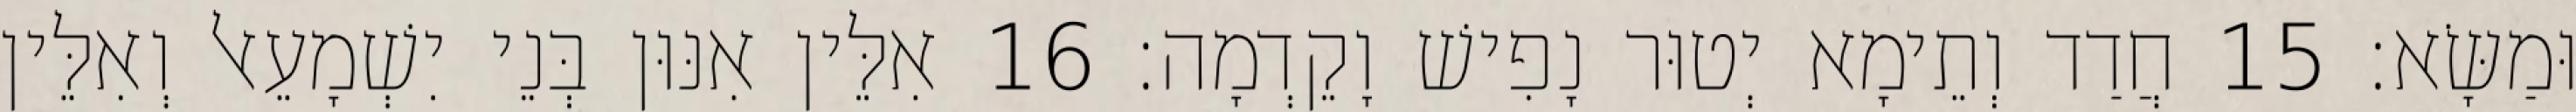
וּמַשָּׂא׃ 15 חֲדַד וְתֵימָא יְטוּר נָפִישׁ וָקֵדְמָה׃ 16 אִלֵּין אִנּוּן בְּנֵי יִשְׁמָעֵאל וְאִלֵּין